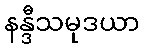
နန္ဒီသမုဒယာ